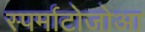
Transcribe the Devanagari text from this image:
स्पर्माटोजोआ